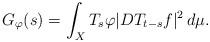
LaTeX: \begin{align*}G_\varphi(s)=\int_X T_s \varphi |D T_{t-s} f|^2 \,d\mu.\end{align*}